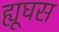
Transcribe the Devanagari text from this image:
ह्यूघस